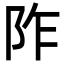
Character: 阼